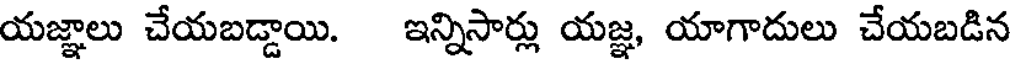
యజ్ఞాలు చేయబడ్డాయి. ఇన్నిసార్లు యజ్ఞ, యాగాదులు చేయబడిన